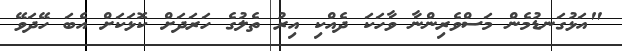
"އަޅުގަނޑުމެން މަސްވެރިންނާ ވާހަކަ ދެއްކި އިރު ތެލުގެ ހަރަދަށް ކޮޅަކަށް އެބަ ހޭދަވޭ